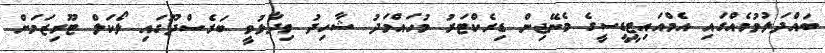
ބައްދަލުވުމެއްގައި އެމްއައިޓީޑީސީގެ މެނޭޖިން ޑިރެކްޓަރު މުހައްމަދު ޝާހިދު ވިދާޅުވީ ބަރެސްދޫގައި ލޯކަލް ޓޫރިޒަމަށް